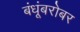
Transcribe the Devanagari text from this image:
बंधूंबरोबर